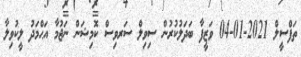
ތަފްސީލް 2021-01-04 ވަޒީފާ ބަދަލުކުރުން ސިވިލް ސަރވިސް ކޮމިޝަން ނަޖުމާ އަޙްމަދު ލީކުވިލާ